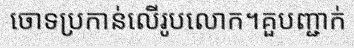
ចោទប្រកាន់លើរូបលោក។គួបញ្ជាក់